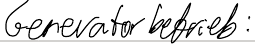
Generatorbetrieb: